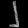
Digit: ၂